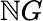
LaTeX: \mathbb{N}G